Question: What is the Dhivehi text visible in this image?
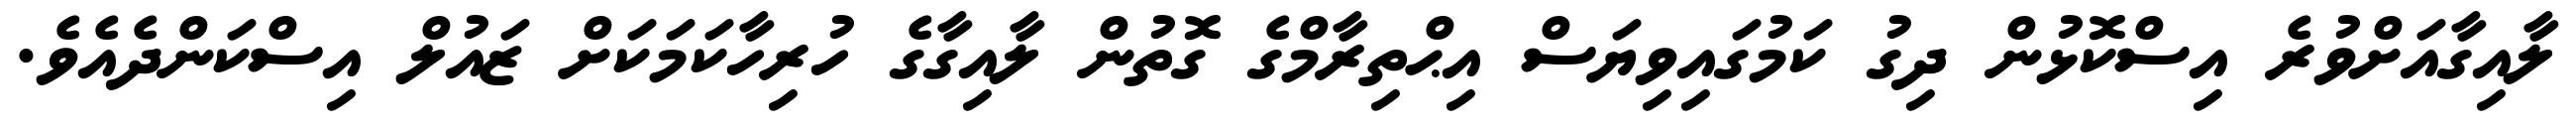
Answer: ލާއިގާއަށްވުރެ އިސްކޮޅުން ދިގު ކަމުގައިވިޔަސް އިޙްތިރާމްގެ ގޮތުން ލާއިގާގެ ހުރިހާކަމަކަށް ޒައުލް އިސްކަންދެއެވެ.